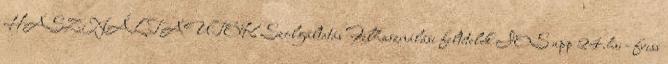
HASZNÁLTAUTÓK Szolgáltatás Felhasználási feltételek IOS app 24.hu - friss